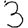
Digit: 3